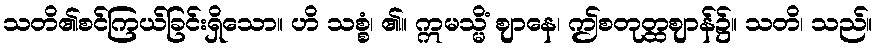
သတိ၏စင်ကြယ်ခြင်းရှိသော။ ဟိ သစ္စံ၊ ၏။ ဣမသ္မိံ ဈာနေ၊ ဤစတုတ္ထဈာန်၌။ သတိ၊ သည်။